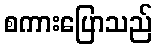
စကားပြောသည်